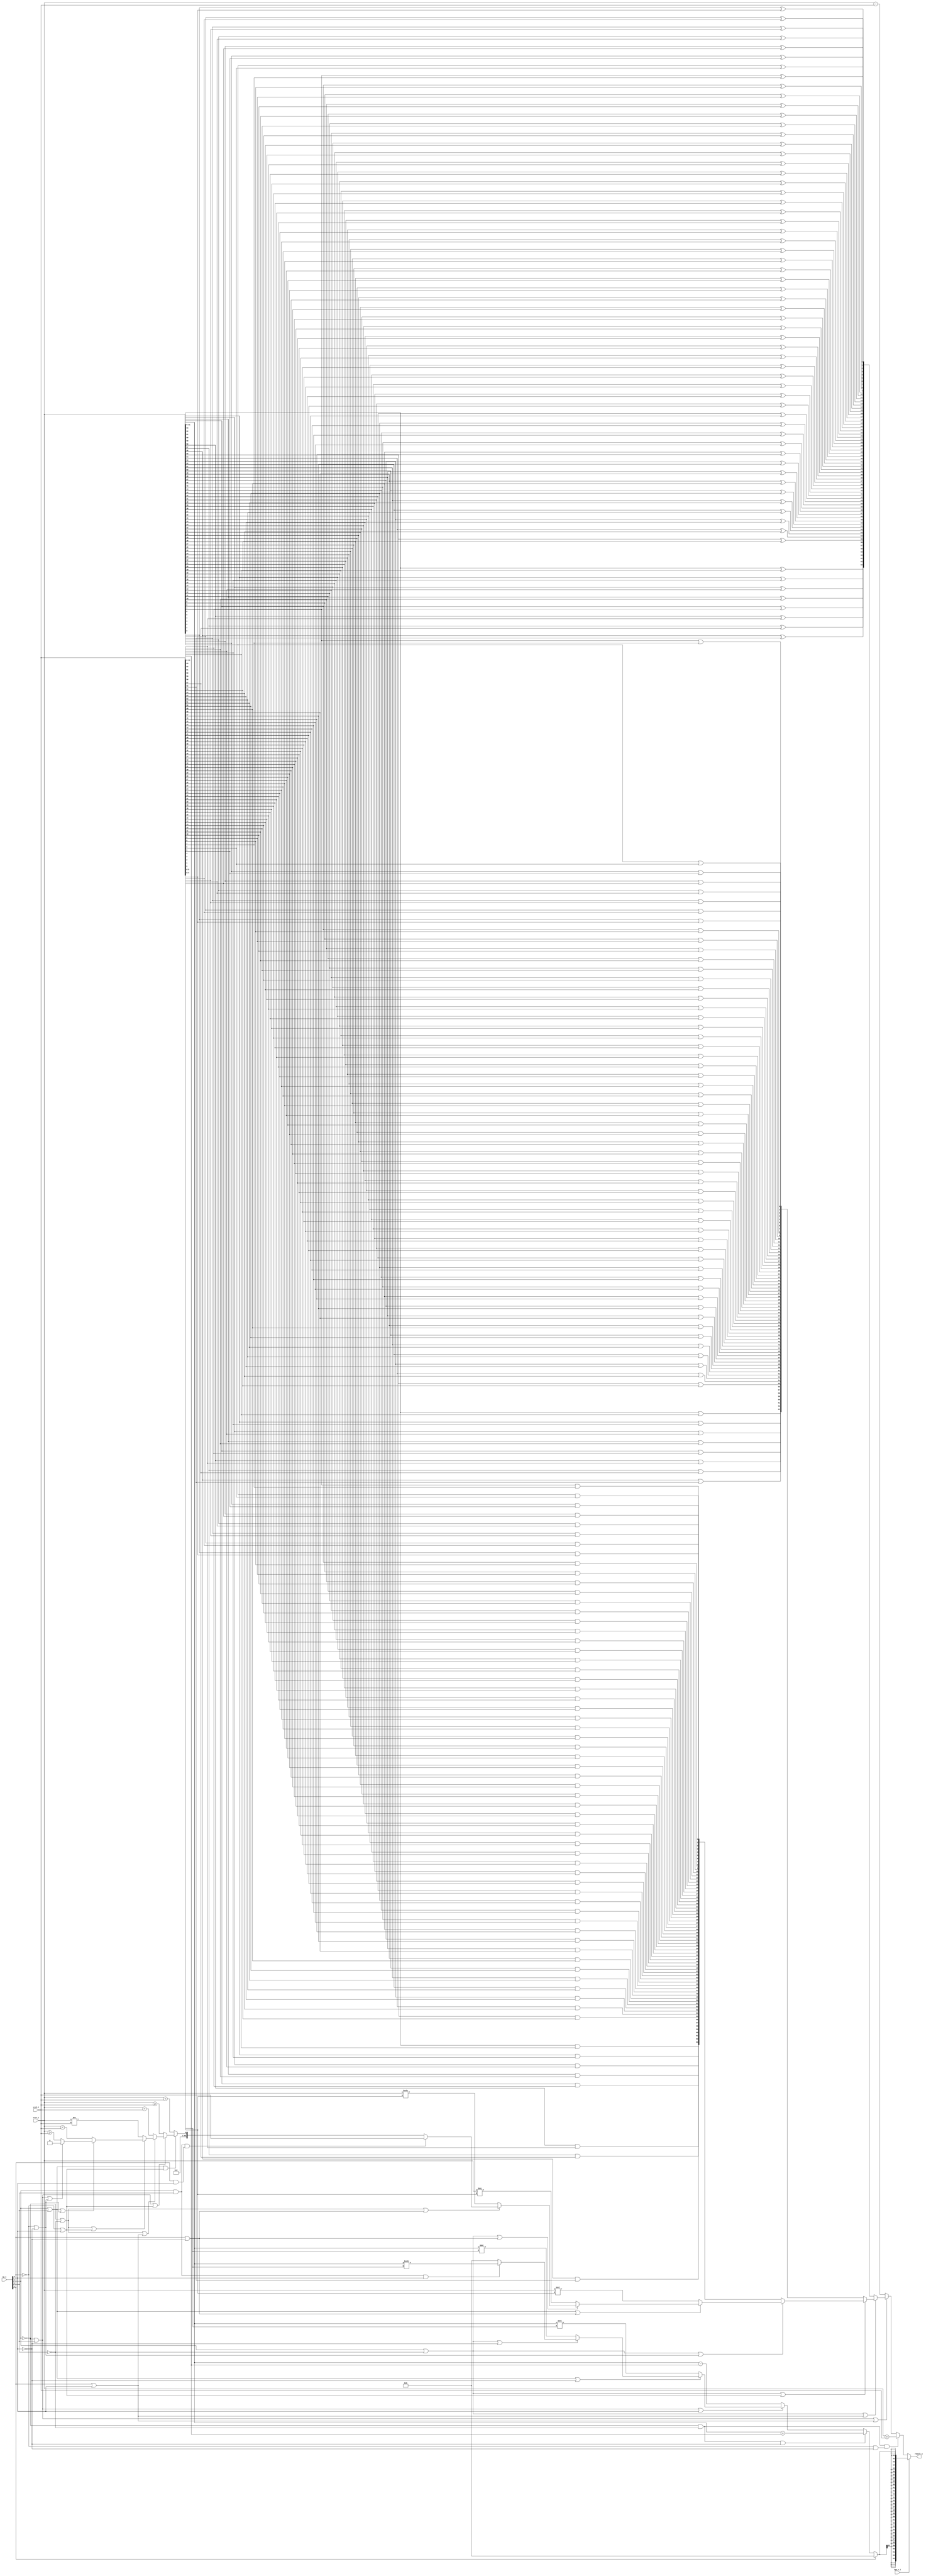
// This program was cloned from: https://github.com/NYU-MLDA/OpenABC
// License: BSD 3-Clause "New" or "Revised" License

module bp_be_int_alu
(
  src1_i,
  src2_i,
  op_i,
  opw_v_i,
  result_o
);

  input [63:0] src1_i;
  input [63:0] src2_i;
  input [3:0] op_i;
  output [63:0] result_o;
  input opw_v_i;
  wire [63:0] result_o,result_sgn;
  wire N0,N1,N2,N3,N4,N5,N6,N7,N8,N9,N10,N11,N12,N13,N14,N15,N16,N17,N18,N19,N20,N21,
  N22,N23,N24,N25,N26,N27,N28,N29,N30,N31,N32,N33,N34,N35,N36,N37,N38,N39,N40,N41,
  N42,N43,N44,N45,N46,N47,N48,N49,N50,N51,N52,N53,N54,N55,N56,N57,N58,N59,N60,N61,
  N62,N63,N64,N65,N66,N67,N68,N69,N70,N71,N72,N73,N74,N75,N76,N77,N78,N79,N80,N81,
  N82,N83,N84,N85,N86,N87,N88,N89,N90,N91,N92,N93,N94,N95,N96,N97,N98,N99,N100,N101,
  N102,N103,N104,N105,N106,N107,N108,N109,N110,N111,N112,N113,N114,N115,N116,N117,
  N118,N119,N120,N121,N122,N123,N124,N125,N126,N127,N128,N129,N130,N131,N132,N133,
  N134,N135,N136,N137,N138,N139,N140,N141,N142,N143,N144,N145,N146,N147,N148,N149,
  N150,N151,N152,N153,N154,N155,N156,N157,N158,N159,N160,N161,N162,N163,N164,N165,
  N166,N167,N168,N169,N170,N171,N172,N173,N174,N175,N176,N177,N178,N179,N180,N181,
  N182,N183,N184,N185,N186,N187,N188,N189,N190,N191,N192,N193,N194,N195,N196,N197,
  N198,N199,N200,N201,N202,N203,N204,N205,N206,N207,N208,N209,N210,N211,N212,N213,
  N214,N215,N216,N217,N218,N219,N220,N221,N222,N223,N224,N225,N226,N227,N228,N229,
  N230,N231,N232,N233,N234,N235,N236,N237,N238,N239,N240,N241,N242,N243,N244,N245,
  N246,N247,N248,N249,N250,N251,N252,N253,N254,N255,N256,N257,N258,N259,N260,N261,
  N262,N263,N264,N265,N266,N267,N268,N269,N270,N271,N272,N273,N274,N275,N276,N277,
  N278,N279,N280,N281,N282,N283,N284,N285,N286,N287,N288,N289,N290,N291,N292,N293,
  N294,N295,N296,N297,N298,N299,N300,N301,N302,N303,N304,N305,N306,N307,N308,N309,
  N310,N311,N312,N313,N314,N315,N316,N317,N318,N319,N320,N321,N322,N323,N324,N325,
  N326,N327,N328,N329,N330,N331,N332,N333,N334,N335,N336,N337,N338,N339,N340,N341,
  N342,N343,N344,N345,N346,N347,N348,N349,N350,N351,N352,N353,N354,N355,N356,N357,
  N358,N359,N360,N361,N362,N363,N364,N365,N366,N367,N368,N369,N370,N371,N372,N373,
  N374,N375,N376,N377,N378,N379,N380,N381,N382,N383,N384,N385,N386,N387,N388,N389,
  N390,N391,N392,N393,N394,N395,N396,N397,N398,N399,N400,N401,N402,N403,N404,N405,
  N406,N407,N408,N409,N410,N411,N412,N413,N414,N415,N416,N417,N418,N419,N420,N421,
  N422,N423,N424,N425,N426,N427,N428,N429,N430,N431,N432,N433,N434,N435,N436,N437,
  N438,N439,N440,N441,N442,N443,N444,N445,N446,N447,N448,N449,N450,N451,N452,N453,
  N454,N455,N456,N457,N458,N459,N460,N461,N462,N463,N464,N465,N466,N467,N468,N469,
  N470,N471,N472,N473,N474,N475,N476,N477,N478,N479,N480,N481,N482,N483,N484,N485,
  N486,N487,N488,N489,N490,N491,N492,N493,N494,N495,N496,N497,N498,N499,N500,N501,
  N502,N503,N504,N505,N506,N507,N508,N509,N510,N511,N512,N513,N514,N515,N516,N517,
  N518,N519,N520,N521,N522,N523,N524,N525,N526,N527,N528,N529,N530,N531,N532,N533,
  N534,N535,N536,N537,N538,N539,N540,N541,N542,N543,N544,N545,N546,N547,N548,N549,
  N550,N551,N552,N553,N554,N555,N556,N557,N558,N559,N560,N561,N562,N563,N564,N565,
  N566,N567,N568,N569,N570,N571,N572,N573,N574,N575,N576,N577,N578,N579,N580,N581,
  N582,N583,N584,N585,N586,N587,N588,N589,N590,N591,N592,N593,N594,N595,N596,N597,
  N598,N599,N600,N601,N602,N603,N604,N605,N606,N607,N608,N609,N610,N611,N612,N613,
  N614,N615,N616,N617,N618,N619,N620,N621,N622,N623,N624,N625,N626,N627,N628,N629,
  N630,N631,N632,N633,N634,N635,N636,N637,N638,N639,N640,N641,N642,N643,N644,N645,
  N646,N647,N648,N649,N650,N651,N652,N653,N654,N655,N656,N657,N658,N659,N660,N661,
  N662,N663,N664,N665,N666,N667,N668,N669,N670,N671,N672,N673,N674,N675,N676,N677,
  N678,N679,N680,N681,N682,N683,N684,N685,N686,N687,N688,N689,N690,N691,N692,N693,
  N694,N695,N696,N697,N698,N699,N700,N701,N702,N703,N704,N705,N706,N707,N708,N709,
  N710,N711,N712,N713,N714,N715,N716,N717,N718,N719,N720,N721,N722,N723,N724,N725,
  N726,N727,N728,N729,N730,N731,N732,N733,N734,N735,N736,N737,N738,N739,N740,N741,
  N742,N743,N744,N745,N746,N747,N748,N749,N750,N751,N752,N753,N754,N755,N756,N757,
  N758,N759,N760,N761,N762,N763,N764,N765,N766,N767,N768,N769,N770,N771,N772,N773,
  N774,N775,N776,N777,N778,N779,N780,N781,N782,N783,N784,N785,N786,N787,N788,N789,
  N790,N791,N792,N793,N794,N795;
  wire [31:0] resultw_sgn;
  assign N27 = N231 & N35;
  assign N28 = N272 | op_i[0];
  assign N30 = N248 | N35;
  assign N32 = N237 | N35;
  assign N34 = N256 & op_i[0];
  assign N36 = N272 | N35;
  assign N37 = op_i[2] & N35;
  assign { N134, N133, N132, N131, N130, N129, N128, N127, N126, N125, N124, N123, N122, N121, N120, N119, N118, N117, N116, N115, N114, N113, N112, N111, N110, N109, N108, N107, N106, N105, N104, N103 } = src1_i[31:0] << src2_i[4:0];
  assign { N166, N165, N164, N163, N162, N161, N160, N159, N158, N157, N156, N155, N154, N153, N152, N151, N150, N149, N148, N147, N146, N145, N144, N143, N142, N141, N140, N139, N138, N137, N136, N135 } = src1_i[31:0] >> src2_i[4:0];
  assign { N198, N197, N196, N195, N194, N193, N192, N191, N190, N189, N188, N187, N186, N185, N184, N183, N182, N181, N180, N179, N178, N177, N176, N175, N174, N173, N172, N171, N170, N169, N168, N167 } = $signed(src1_i[31:0]) >>> src2_i[4:0];
  assign N231 = N271 & N236;
  assign N232 = N241 & N35;
  assign N233 = N231 & N232;
  assign N234 = N272 | N238;
  assign N237 = op_i[3] | N236;
  assign N238 = op_i[1] | op_i[0];
  assign N239 = N237 | N238;
  assign N242 = N241 | op_i[0];
  assign N243 = N237 | N242;
  assign N245 = N241 | N35;
  assign N246 = N237 | N245;
  assign N248 = op_i[3] | op_i[2];
  assign N249 = N248 | N273;
  assign N251 = N237 | N273;
  assign N253 = N271 | N236;
  assign N254 = N253 | N273;
  assign N256 = op_i[3] & op_i[2];
  assign N257 = op_i[1] & op_i[0];
  assign N258 = N256 & N257;
  assign N259 = N248 | N242;
  assign N261 = N272 | N242;
  assign N263 = N253 | N238;
  assign N265 = N253 | N242;
  assign N267 = N248 | N245;
  assign N269 = N272 | N245;
  assign N272 = N271 | op_i[2];
  assign N273 = op_i[1] | N35;
  assign N274 = N272 | N273;
  assign { N659, N658, N657, N656, N655, N654, N653, N652, N651, N650, N649, N648, N647, N646, N645, N644, N643, N642, N641, N640, N639, N638, N637, N636, N635, N634, N633, N632, N631, N630, N629, N628, N627, N626, N625, N624, N623, N622, N621, N620, N619, N618, N617, N616, N615, N614, N613, N612, N611, N610, N609, N608, N607, N606, N605, N604, N603, N602, N601, N600, N599, N598, N597, N596 } = src1_i << src2_i[5:0];
  assign { N723, N722, N721, N720, N719, N718, N717, N716, N715, N714, N713, N712, N711, N710, N709, N708, N707, N706, N705, N704, N703, N702, N701, N700, N699, N698, N697, N696, N695, N694, N693, N692, N691, N690, N689, N688, N687, N686, N685, N684, N683, N682, N681, N680, N679, N678, N677, N676, N675, N674, N673, N672, N671, N670, N669, N668, N667, N666, N665, N664, N663, N662, N661, N660 } = src1_i >> src2_i[5:0];
  assign { N787, N786, N785, N784, N783, N782, N781, N780, N779, N778, N777, N776, N775, N774, N773, N772, N771, N770, N769, N768, N767, N766, N765, N764, N763, N762, N761, N760, N759, N758, N757, N756, N755, N754, N753, N752, N751, N750, N749, N748, N747, N746, N745, N744, N743, N742, N741, N740, N739, N738, N737, N736, N735, N734, N733, N732, N731, N730, N729, N728, N727, N726, N725, N724 } = $signed(src1_i) >>> src2_i[5:0];
  assign N788 = $signed(src1_i) < $signed(src2_i);
  assign N789 = $signed(src1_i) >= $signed(src2_i);
  assign N790 = src1_i == src2_i;
  assign N791 = src1_i != src2_i;
  assign N792 = src1_i < src2_i;
  assign N793 = src1_i >= src2_i;
  assign { N339, N338, N337, N336, N335, N334, N333, N332, N331, N330, N329, N328, N327, N326, N325, N324, N323, N322, N321, N320, N319, N318, N317, N316, N315, N314, N313, N312, N311, N310, N309, N308, N307, N306, N305, N304, N303, N302, N301, N300, N299, N298, N297, N296, N295, N294, N293, N292, N291, N290, N289, N288, N287, N286, N285, N284, N283, N282, N281, N280, N279, N278, N277, N276 } = $signed(src1_i) + $signed(src2_i);
  assign { N70, N69, N68, N67, N66, N65, N64, N63, N62, N61, N60, N59, N58, N57, N56, N55, N54, N53, N52, N51, N50, N49, N48, N47, N46, N45, N44, N43, N42, N41, N40, N39 } = $signed(src1_i[31:0]) + $signed(src2_i[31:0]);
  assign { N403, N402, N401, N400, N399, N398, N397, N396, N395, N394, N393, N392, N391, N390, N389, N388, N387, N386, N385, N384, N383, N382, N381, N380, N379, N378, N377, N376, N375, N374, N373, N372, N371, N370, N369, N368, N367, N366, N365, N364, N363, N362, N361, N360, N359, N358, N357, N356, N355, N354, N353, N352, N351, N350, N349, N348, N347, N346, N345, N344, N343, N342, N341, N340 } = $signed(src1_i) - $signed(src2_i);
  assign { N102, N101, N100, N99, N98, N97, N96, N95, N94, N93, N92, N91, N90, N89, N88, N87, N86, N85, N84, N83, N82, N81, N80, N79, N78, N77, N76, N75, N74, N73, N72, N71 } = $signed(src1_i[31:0]) - $signed(src2_i[31:0]);
  assign { N230, N229, N228, N227, N226, N225, N224, N223, N222, N221, N220, N219, N218, N217, N216, N215, N214, N213, N212, N211, N210, N209, N208, N207, N206, N205, N204, N203, N202, N201, N200, N199 } = (N0)? { N70, N69, N68, N67, N66, N65, N64, N63, N62, N61, N60, N59, N58, N57, N56, N55, N54, N53, N52, N51, N50, N49, N48, N47, N46, N45, N44, N43, N42, N41, N40, N39 } :
                                                                                                                                                                                                              (N1)? { N102, N101, N100, N99, N98, N97, N96, N95, N94, N93, N92, N91, N90, N89, N88, N87, N86, N85, N84, N83, N82, N81, N80, N79, N78, N77, N76, N75, N74, N73, N72, N71 } :
                                                                                                                                                                                                              (N2)? { N134, N133, N132, N131, N130, N129, N128, N127, N126, N125, N124, N123, N122, N121, N120, N119, N118, N117, N116, N115, N114, N113, N112, N111, N110, N109, N108, N107, N106, N105, N104, N103 } :
                                                                                                                                                                                                              (N3)? { N166, N165, N164, N163, N162, N161, N160, N159, N158, N157, N156, N155, N154, N153, N152, N151, N150, N149, N148, N147, N146, N145, N144, N143, N142, N141, N140, N139, N138, N137, N136, N135 } :
                                                                                                                                                                                                              (N4)? { N198, N197, N196, N195, N194, N193, N192, N191, N190, N189, N188, N187, N186, N185, N184, N183, N182, N181, N180, N179, N178, N177, N176, N175, N174, N173, N172, N171, N170, N169, N168, N167 } :
                                                                                                                                                                                                              (N5)? { 1'b0, 1'b0, 1'b0, 1'b0, 1'b0, 1'b0, 1'b0, 1'b0, 1'b0, 1'b0, 1'b0, 1'b0, 1'b0, 1'b0, 1'b0, 1'b0, 1'b0, 1'b0, 1'b0, 1'b0, 1'b0, 1'b0, 1'b0, 1'b0, 1'b0, 1'b0, 1'b0, 1'b0, 1'b0, 1'b0, 1'b0, 1'b0 } : 1'b0;
  assign N0 = N27;
  assign N1 = N29;
  assign N2 = N31;
  assign N3 = N33;
  assign N4 = N34;
  assign N5 = N38;
  assign resultw_sgn = (N6)? { N230, N229, N228, N227, N226, N225, N224, N223, N222, N221, N220, N219, N218, N217, N216, N215, N214, N213, N212, N211, N210, N209, N208, N207, N206, N205, N204, N203, N202, N201, N200, N199 } :
                       (N7)? { 1'b0, 1'b0, 1'b0, 1'b0, 1'b0, 1'b0, 1'b0, 1'b0, 1'b0, 1'b0, 1'b0, 1'b0, 1'b0, 1'b0, 1'b0, 1'b0, 1'b0, 1'b0, 1'b0, 1'b0, 1'b0, 1'b0, 1'b0, 1'b0, 1'b0, 1'b0, 1'b0, 1'b0, 1'b0, 1'b0, 1'b0, 1'b0 } : 1'b0;
  assign N6 = N241;
  assign N7 = op_i[1];
  assign result_sgn = (N8)? { N339, N338, N337, N336, N335, N334, N333, N332, N331, N330, N329, N328, N327, N326, N325, N324, N323, N322, N321, N320, N319, N318, N317, N316, N315, N314, N313, N312, N311, N310, N309, N308, N307, N306, N305, N304, N303, N302, N301, N300, N299, N298, N297, N296, N295, N294, N293, N292, N291, N290, N289, N288, N287, N286, N285, N284, N283, N282, N281, N280, N279, N278, N277, N276 } :
                      (N9)? { N403, N402, N401, N400, N399, N398, N397, N396, N395, N394, N393, N392, N391, N390, N389, N388, N387, N386, N385, N384, N383, N382, N381, N380, N379, N378, N377, N376, N375, N374, N373, N372, N371, N370, N369, N368, N367, N366, N365, N364, N363, N362, N361, N360, N359, N358, N357, N356, N355, N354, N353, N352, N351, N350, N349, N348, N347, N346, N345, N344, N343, N342, N341, N340 } :
                      (N10)? { N404, N405, N406, N407, N408, N409, N410, N411, N412, N413, N414, N415, N416, N417, N418, N419, N420, N421, N422, N423, N424, N425, N426, N427, N428, N429, N430, N431, N432, N433, N434, N435, N436, N437, N438, N439, N440, N441, N442, N443, N444, N445, N446, N447, N448, N449, N450, N451, N452, N453, N454, N455, N456, N457, N458, N459, N460, N461, N462, N463, N464, N465, N466, N467 } :
                      (N11)? { N468, N469, N470, N471, N472, N473, N474, N475, N476, N477, N478, N479, N480, N481, N482, N483, N484, N485, N486, N487, N488, N489, N490, N491, N492, N493, N494, N495, N496, N497, N498, N499, N500, N501, N502, N503, N504, N505, N506, N507, N508, N509, N510, N511, N512, N513, N514, N515, N516, N517, N518, N519, N520, N521, N522, N523, N524, N525, N526, N527, N528, N529, N530, N531 } :
                      (N12)? { N532, N533, N534, N535, N536, N537, N538, N539, N540, N541, N542, N543, N544, N545, N546, N547, N548, N549, N550, N551, N552, N553, N554, N555, N556, N557, N558, N559, N560, N561, N562, N563, N564, N565, N566, N567, N568, N569, N570, N571, N572, N573, N574, N575, N576, N577, N578, N579, N580, N581, N582, N583, N584, N585, N586, N587, N588, N589, N590, N591, N592, N593, N594, N595 } :
                      (N13)? { N659, N658, N657, N656, N655, N654, N653, N652, N651, N650, N649, N648, N647, N646, N645, N644, N643, N642, N641, N640, N639, N638, N637, N636, N635, N634, N633, N632, N631, N630, N629, N628, N627, N626, N625, N624, N623, N622, N621, N620, N619, N618, N617, N616, N615, N614, N613, N612, N611, N610, N609, N608, N607, N606, N605, N604, N603, N602, N601, N600, N599, N598, N597, N596 } :
                      (N14)? { N723, N722, N721, N720, N719, N718, N717, N716, N715, N714, N713, N712, N711, N710, N709, N708, N707, N706, N705, N704, N703, N702, N701, N700, N699, N698, N697, N696, N695, N694, N693, N692, N691, N690, N689, N688, N687, N686, N685, N684, N683, N682, N681, N680, N679, N678, N677, N676, N675, N674, N673, N672, N671, N670, N669, N668, N667, N666, N665, N664, N663, N662, N661, N660 } :
                      (N15)? { N787, N786, N785, N784, N783, N782, N781, N780, N779, N778, N777, N776, N775, N774, N773, N772, N771, N770, N769, N768, N767, N766, N765, N764, N763, N762, N761, N760, N759, N758, N757, N756, N755, N754, N753, N752, N751, N750, N749, N748, N747, N746, N745, N744, N743, N742, N741, N740, N739, N738, N737, N736, N735, N734, N733, N732, N731, N730, N729, N728, N727, N726, N725, N724 } :
                      (N16)? src2_i :
                      (N17)? { 1'b0, 1'b0, 1'b0, 1'b0, 1'b0, 1'b0, 1'b0, 1'b0, 1'b0, 1'b0, 1'b0, 1'b0, 1'b0, 1'b0, 1'b0, 1'b0, 1'b0, 1'b0, 1'b0, 1'b0, 1'b0, 1'b0, 1'b0, 1'b0, 1'b0, 1'b0, 1'b0, 1'b0, 1'b0, 1'b0, 1'b0, 1'b0, 1'b0, 1'b0, 1'b0, 1'b0, 1'b0, 1'b0, 1'b0, 1'b0, 1'b0, 1'b0, 1'b0, 1'b0, 1'b0, 1'b0, 1'b0, 1'b0, 1'b0, 1'b0, 1'b0, 1'b0, 1'b0, 1'b0, 1'b0, 1'b0, 1'b0, 1'b0, 1'b0, 1'b0, 1'b0, 1'b0, 1'b0, N788 } :
                      (N18)? { 1'b0, 1'b0, 1'b0, 1'b0, 1'b0, 1'b0, 1'b0, 1'b0, 1'b0, 1'b0, 1'b0, 1'b0, 1'b0, 1'b0, 1'b0, 1'b0, 1'b0, 1'b0, 1'b0, 1'b0, 1'b0, 1'b0, 1'b0, 1'b0, 1'b0, 1'b0, 1'b0, 1'b0, 1'b0, 1'b0, 1'b0, 1'b0, 1'b0, 1'b0, 1'b0, 1'b0, 1'b0, 1'b0, 1'b0, 1'b0, 1'b0, 1'b0, 1'b0, 1'b0, 1'b0, 1'b0, 1'b0, 1'b0, 1'b0, 1'b0, 1'b0, 1'b0, 1'b0, 1'b0, 1'b0, 1'b0, 1'b0, 1'b0, 1'b0, 1'b0, 1'b0, 1'b0, 1'b0, N789 } :
                      (N19)? { 1'b0, 1'b0, 1'b0, 1'b0, 1'b0, 1'b0, 1'b0, 1'b0, 1'b0, 1'b0, 1'b0, 1'b0, 1'b0, 1'b0, 1'b0, 1'b0, 1'b0, 1'b0, 1'b0, 1'b0, 1'b0, 1'b0, 1'b0, 1'b0, 1'b0, 1'b0, 1'b0, 1'b0, 1'b0, 1'b0, 1'b0, 1'b0, 1'b0, 1'b0, 1'b0, 1'b0, 1'b0, 1'b0, 1'b0, 1'b0, 1'b0, 1'b0, 1'b0, 1'b0, 1'b0, 1'b0, 1'b0, 1'b0, 1'b0, 1'b0, 1'b0, 1'b0, 1'b0, 1'b0, 1'b0, 1'b0, 1'b0, 1'b0, 1'b0, 1'b0, 1'b0, 1'b0, 1'b0, N790 } :
                      (N20)? { 1'b0, 1'b0, 1'b0, 1'b0, 1'b0, 1'b0, 1'b0, 1'b0, 1'b0, 1'b0, 1'b0, 1'b0, 1'b0, 1'b0, 1'b0, 1'b0, 1'b0, 1'b0, 1'b0, 1'b0, 1'b0, 1'b0, 1'b0, 1'b0, 1'b0, 1'b0, 1'b0, 1'b0, 1'b0, 1'b0, 1'b0, 1'b0, 1'b0, 1'b0, 1'b0, 1'b0, 1'b0, 1'b0, 1'b0, 1'b0, 1'b0, 1'b0, 1'b0, 1'b0, 1'b0, 1'b0, 1'b0, 1'b0, 1'b0, 1'b0, 1'b0, 1'b0, 1'b0, 1'b0, 1'b0, 1'b0, 1'b0, 1'b0, 1'b0, 1'b0, 1'b0, 1'b0, 1'b0, N791 } :
                      (N21)? { 1'b0, 1'b0, 1'b0, 1'b0, 1'b0, 1'b0, 1'b0, 1'b0, 1'b0, 1'b0, 1'b0, 1'b0, 1'b0, 1'b0, 1'b0, 1'b0, 1'b0, 1'b0, 1'b0, 1'b0, 1'b0, 1'b0, 1'b0, 1'b0, 1'b0, 1'b0, 1'b0, 1'b0, 1'b0, 1'b0, 1'b0, 1'b0, 1'b0, 1'b0, 1'b0, 1'b0, 1'b0, 1'b0, 1'b0, 1'b0, 1'b0, 1'b0, 1'b0, 1'b0, 1'b0, 1'b0, 1'b0, 1'b0, 1'b0, 1'b0, 1'b0, 1'b0, 1'b0, 1'b0, 1'b0, 1'b0, 1'b0, 1'b0, 1'b0, 1'b0, 1'b0, 1'b0, 1'b0, N792 } :
                      (N22)? { 1'b0, 1'b0, 1'b0, 1'b0, 1'b0, 1'b0, 1'b0, 1'b0, 1'b0, 1'b0, 1'b0, 1'b0, 1'b0, 1'b0, 1'b0, 1'b0, 1'b0, 1'b0, 1'b0, 1'b0, 1'b0, 1'b0, 1'b0, 1'b0, 1'b0, 1'b0, 1'b0, 1'b0, 1'b0, 1'b0, 1'b0, 1'b0, 1'b0, 1'b0, 1'b0, 1'b0, 1'b0, 1'b0, 1'b0, 1'b0, 1'b0, 1'b0, 1'b0, 1'b0, 1'b0, 1'b0, 1'b0, 1'b0, 1'b0, 1'b0, 1'b0, 1'b0, 1'b0, 1'b0, 1'b0, 1'b0, 1'b0, 1'b0, 1'b0, 1'b0, 1'b0, 1'b0, 1'b0, N793 } :
                      (N23)? { 1'b0, 1'b0, 1'b0, 1'b0, 1'b0, 1'b0, 1'b0, 1'b0, 1'b0, 1'b0, 1'b0, 1'b0, 1'b0, 1'b0, 1'b0, 1'b0, 1'b0, 1'b0, 1'b0, 1'b0, 1'b0, 1'b0, 1'b0, 1'b0, 1'b0, 1'b0, 1'b0, 1'b0, 1'b0, 1'b0, 1'b0, 1'b0, 1'b0, 1'b0, 1'b0, 1'b0, 1'b0, 1'b0, 1'b0, 1'b0, 1'b0, 1'b0, 1'b0, 1'b0, 1'b0, 1'b0, 1'b0, 1'b0, 1'b0, 1'b0, 1'b0, 1'b0, 1'b0, 1'b0, 1'b0, 1'b0, 1'b0, 1'b0, 1'b0, 1'b0, 1'b0, 1'b0, 1'b0, 1'b0 } : 1'b0;
  assign N8 = N233;
  assign N9 = N235;
  assign N10 = N240;
  assign N11 = N244;
  assign N12 = N247;
  assign N13 = N250;
  assign N14 = N252;
  assign N15 = N255;
  assign N16 = N258;
  assign N17 = N260;
  assign N18 = N262;
  assign N19 = N264;
  assign N20 = N266;
  assign N21 = N268;
  assign N22 = N270;
  assign N23 = N275;
  assign result_o = (N24)? { resultw_sgn[31:31], resultw_sgn[31:31], resultw_sgn[31:31], resultw_sgn[31:31], resultw_sgn[31:31], resultw_sgn[31:31], resultw_sgn[31:31], resultw_sgn[31:31], resultw_sgn[31:31], resultw_sgn[31:31], resultw_sgn[31:31], resultw_sgn[31:31], resultw_sgn[31:31], resultw_sgn[31:31], resultw_sgn[31:31], resultw_sgn[31:31], resultw_sgn[31:31], resultw_sgn[31:31], resultw_sgn[31:31], resultw_sgn[31:31], resultw_sgn[31:31], resultw_sgn[31:31], resultw_sgn[31:31], resultw_sgn[31:31], resultw_sgn[31:31], resultw_sgn[31:31], resultw_sgn[31:31], resultw_sgn[31:31], resultw_sgn[31:31], resultw_sgn[31:31], resultw_sgn[31:31], resultw_sgn[31:31], resultw_sgn } :
                    (N25)? result_sgn : 1'b0;
  assign N24 = opw_v_i;
  assign N25 = N794;
  assign N26 = N241;
  assign N29 = ~N28;
  assign N31 = ~N30;
  assign N33 = ~N32;
  assign N35 = ~op_i[0];
  assign N38 = N795 | N37;
  assign N795 = ~N36;
  assign N235 = ~N234;
  assign N236 = ~op_i[2];
  assign N240 = ~N239;
  assign N241 = ~op_i[1];
  assign N244 = ~N243;
  assign N247 = ~N246;
  assign N250 = ~N249;
  assign N252 = ~N251;
  assign N255 = ~N254;
  assign N260 = ~N259;
  assign N262 = ~N261;
  assign N264 = ~N263;
  assign N266 = ~N265;
  assign N268 = ~N267;
  assign N270 = ~N269;
  assign N271 = ~op_i[3];
  assign N275 = ~N274;
  assign N404 = src1_i[63] ^ src2_i[63];
  assign N405 = src1_i[62] ^ src2_i[62];
  assign N406 = src1_i[61] ^ src2_i[61];
  assign N407 = src1_i[60] ^ src2_i[60];
  assign N408 = src1_i[59] ^ src2_i[59];
  assign N409 = src1_i[58] ^ src2_i[58];
  assign N410 = src1_i[57] ^ src2_i[57];
  assign N411 = src1_i[56] ^ src2_i[56];
  assign N412 = src1_i[55] ^ src2_i[55];
  assign N413 = src1_i[54] ^ src2_i[54];
  assign N414 = src1_i[53] ^ src2_i[53];
  assign N415 = src1_i[52] ^ src2_i[52];
  assign N416 = src1_i[51] ^ src2_i[51];
  assign N417 = src1_i[50] ^ src2_i[50];
  assign N418 = src1_i[49] ^ src2_i[49];
  assign N419 = src1_i[48] ^ src2_i[48];
  assign N420 = src1_i[47] ^ src2_i[47];
  assign N421 = src1_i[46] ^ src2_i[46];
  assign N422 = src1_i[45] ^ src2_i[45];
  assign N423 = src1_i[44] ^ src2_i[44];
  assign N424 = src1_i[43] ^ src2_i[43];
  assign N425 = src1_i[42] ^ src2_i[42];
  assign N426 = src1_i[41] ^ src2_i[41];
  assign N427 = src1_i[40] ^ src2_i[40];
  assign N428 = src1_i[39] ^ src2_i[39];
  assign N429 = src1_i[38] ^ src2_i[38];
  assign N430 = src1_i[37] ^ src2_i[37];
  assign N431 = src1_i[36] ^ src2_i[36];
  assign N432 = src1_i[35] ^ src2_i[35];
  assign N433 = src1_i[34] ^ src2_i[34];
  assign N434 = src1_i[33] ^ src2_i[33];
  assign N435 = src1_i[32] ^ src2_i[32];
  assign N436 = src1_i[31] ^ src2_i[31];
  assign N437 = src1_i[30] ^ src2_i[30];
  assign N438 = src1_i[29] ^ src2_i[29];
  assign N439 = src1_i[28] ^ src2_i[28];
  assign N440 = src1_i[27] ^ src2_i[27];
  assign N441 = src1_i[26] ^ src2_i[26];
  assign N442 = src1_i[25] ^ src2_i[25];
  assign N443 = src1_i[24] ^ src2_i[24];
  assign N444 = src1_i[23] ^ src2_i[23];
  assign N445 = src1_i[22] ^ src2_i[22];
  assign N446 = src1_i[21] ^ src2_i[21];
  assign N447 = src1_i[20] ^ src2_i[20];
  assign N448 = src1_i[19] ^ src2_i[19];
  assign N449 = src1_i[18] ^ src2_i[18];
  assign N450 = src1_i[17] ^ src2_i[17];
  assign N451 = src1_i[16] ^ src2_i[16];
  assign N452 = src1_i[15] ^ src2_i[15];
  assign N453 = src1_i[14] ^ src2_i[14];
  assign N454 = src1_i[13] ^ src2_i[13];
  assign N455 = src1_i[12] ^ src2_i[12];
  assign N456 = src1_i[11] ^ src2_i[11];
  assign N457 = src1_i[10] ^ src2_i[10];
  assign N458 = src1_i[9] ^ src2_i[9];
  assign N459 = src1_i[8] ^ src2_i[8];
  assign N460 = src1_i[7] ^ src2_i[7];
  assign N461 = src1_i[6] ^ src2_i[6];
  assign N462 = src1_i[5] ^ src2_i[5];
  assign N463 = src1_i[4] ^ src2_i[4];
  assign N464 = src1_i[3] ^ src2_i[3];
  assign N465 = src1_i[2] ^ src2_i[2];
  assign N466 = src1_i[1] ^ src2_i[1];
  assign N467 = src1_i[0] ^ src2_i[0];
  assign N468 = src1_i[63] | src2_i[63];
  assign N469 = src1_i[62] | src2_i[62];
  assign N470 = src1_i[61] | src2_i[61];
  assign N471 = src1_i[60] | src2_i[60];
  assign N472 = src1_i[59] | src2_i[59];
  assign N473 = src1_i[58] | src2_i[58];
  assign N474 = src1_i[57] | src2_i[57];
  assign N475 = src1_i[56] | src2_i[56];
  assign N476 = src1_i[55] | src2_i[55];
  assign N477 = src1_i[54] | src2_i[54];
  assign N478 = src1_i[53] | src2_i[53];
  assign N479 = src1_i[52] | src2_i[52];
  assign N480 = src1_i[51] | src2_i[51];
  assign N481 = src1_i[50] | src2_i[50];
  assign N482 = src1_i[49] | src2_i[49];
  assign N483 = src1_i[48] | src2_i[48];
  assign N484 = src1_i[47] | src2_i[47];
  assign N485 = src1_i[46] | src2_i[46];
  assign N486 = src1_i[45] | src2_i[45];
  assign N487 = src1_i[44] | src2_i[44];
  assign N488 = src1_i[43] | src2_i[43];
  assign N489 = src1_i[42] | src2_i[42];
  assign N490 = src1_i[41] | src2_i[41];
  assign N491 = src1_i[40] | src2_i[40];
  assign N492 = src1_i[39] | src2_i[39];
  assign N493 = src1_i[38] | src2_i[38];
  assign N494 = src1_i[37] | src2_i[37];
  assign N495 = src1_i[36] | src2_i[36];
  assign N496 = src1_i[35] | src2_i[35];
  assign N497 = src1_i[34] | src2_i[34];
  assign N498 = src1_i[33] | src2_i[33];
  assign N499 = src1_i[32] | src2_i[32];
  assign N500 = src1_i[31] | src2_i[31];
  assign N501 = src1_i[30] | src2_i[30];
  assign N502 = src1_i[29] | src2_i[29];
  assign N503 = src1_i[28] | src2_i[28];
  assign N504 = src1_i[27] | src2_i[27];
  assign N505 = src1_i[26] | src2_i[26];
  assign N506 = src1_i[25] | src2_i[25];
  assign N507 = src1_i[24] | src2_i[24];
  assign N508 = src1_i[23] | src2_i[23];
  assign N509 = src1_i[22] | src2_i[22];
  assign N510 = src1_i[21] | src2_i[21];
  assign N511 = src1_i[20] | src2_i[20];
  assign N512 = src1_i[19] | src2_i[19];
  assign N513 = src1_i[18] | src2_i[18];
  assign N514 = src1_i[17] | src2_i[17];
  assign N515 = src1_i[16] | src2_i[16];
  assign N516 = src1_i[15] | src2_i[15];
  assign N517 = src1_i[14] | src2_i[14];
  assign N518 = src1_i[13] | src2_i[13];
  assign N519 = src1_i[12] | src2_i[12];
  assign N520 = src1_i[11] | src2_i[11];
  assign N521 = src1_i[10] | src2_i[10];
  assign N522 = src1_i[9] | src2_i[9];
  assign N523 = src1_i[8] | src2_i[8];
  assign N524 = src1_i[7] | src2_i[7];
  assign N525 = src1_i[6] | src2_i[6];
  assign N526 = src1_i[5] | src2_i[5];
  assign N527 = src1_i[4] | src2_i[4];
  assign N528 = src1_i[3] | src2_i[3];
  assign N529 = src1_i[2] | src2_i[2];
  assign N530 = src1_i[1] | src2_i[1];
  assign N531 = src1_i[0] | src2_i[0];
  assign N532 = src1_i[63] & src2_i[63];
  assign N533 = src1_i[62] & src2_i[62];
  assign N534 = src1_i[61] & src2_i[61];
  assign N535 = src1_i[60] & src2_i[60];
  assign N536 = src1_i[59] & src2_i[59];
  assign N537 = src1_i[58] & src2_i[58];
  assign N538 = src1_i[57] & src2_i[57];
  assign N539 = src1_i[56] & src2_i[56];
  assign N540 = src1_i[55] & src2_i[55];
  assign N541 = src1_i[54] & src2_i[54];
  assign N542 = src1_i[53] & src2_i[53];
  assign N543 = src1_i[52] & src2_i[52];
  assign N544 = src1_i[51] & src2_i[51];
  assign N545 = src1_i[50] & src2_i[50];
  assign N546 = src1_i[49] & src2_i[49];
  assign N547 = src1_i[48] & src2_i[48];
  assign N548 = src1_i[47] & src2_i[47];
  assign N549 = src1_i[46] & src2_i[46];
  assign N550 = src1_i[45] & src2_i[45];
  assign N551 = src1_i[44] & src2_i[44];
  assign N552 = src1_i[43] & src2_i[43];
  assign N553 = src1_i[42] & src2_i[42];
  assign N554 = src1_i[41] & src2_i[41];
  assign N555 = src1_i[40] & src2_i[40];
  assign N556 = src1_i[39] & src2_i[39];
  assign N557 = src1_i[38] & src2_i[38];
  assign N558 = src1_i[37] & src2_i[37];
  assign N559 = src1_i[36] & src2_i[36];
  assign N560 = src1_i[35] & src2_i[35];
  assign N561 = src1_i[34] & src2_i[34];
  assign N562 = src1_i[33] & src2_i[33];
  assign N563 = src1_i[32] & src2_i[32];
  assign N564 = src1_i[31] & src2_i[31];
  assign N565 = src1_i[30] & src2_i[30];
  assign N566 = src1_i[29] & src2_i[29];
  assign N567 = src1_i[28] & src2_i[28];
  assign N568 = src1_i[27] & src2_i[27];
  assign N569 = src1_i[26] & src2_i[26];
  assign N570 = src1_i[25] & src2_i[25];
  assign N571 = src1_i[24] & src2_i[24];
  assign N572 = src1_i[23] & src2_i[23];
  assign N573 = src1_i[22] & src2_i[22];
  assign N574 = src1_i[21] & src2_i[21];
  assign N575 = src1_i[20] & src2_i[20];
  assign N576 = src1_i[19] & src2_i[19];
  assign N577 = src1_i[18] & src2_i[18];
  assign N578 = src1_i[17] & src2_i[17];
  assign N579 = src1_i[16] & src2_i[16];
  assign N580 = src1_i[15] & src2_i[15];
  assign N581 = src1_i[14] & src2_i[14];
  assign N582 = src1_i[13] & src2_i[13];
  assign N583 = src1_i[12] & src2_i[12];
  assign N584 = src1_i[11] & src2_i[11];
  assign N585 = src1_i[10] & src2_i[10];
  assign N586 = src1_i[9] & src2_i[9];
  assign N587 = src1_i[8] & src2_i[8];
  assign N588 = src1_i[7] & src2_i[7];
  assign N589 = src1_i[6] & src2_i[6];
  assign N590 = src1_i[5] & src2_i[5];
  assign N591 = src1_i[4] & src2_i[4];
  assign N592 = src1_i[3] & src2_i[3];
  assign N593 = src1_i[2] & src2_i[2];
  assign N594 = src1_i[1] & src2_i[1];
  assign N595 = src1_i[0] & src2_i[0];
  assign N794 = ~opw_v_i;

endmodule